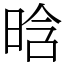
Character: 晗